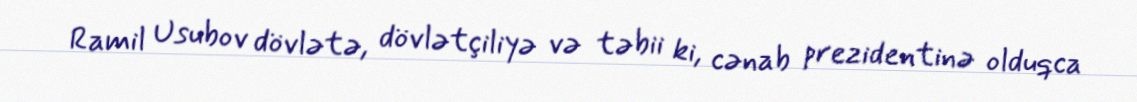
Ramil Usubov dövlətə, dövlətçiliyə və təbii ki, cənab prezidentinə olduqca